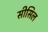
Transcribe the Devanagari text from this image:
सीसिल